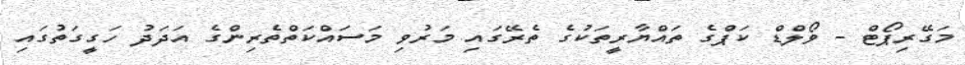
މަގޭރިޕޯޓް - ވޯލްޑް ކަޕްގެ ތައްޔާރީތަކުގެ ތެރޭގައި މަރުވި މަސައްކަތްތެރިންގެ އަދަދު ހަގީގަތުގައި